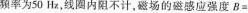
频率为50Hz，线圈内阻不计，磁场的磁感应强度$$B =$$